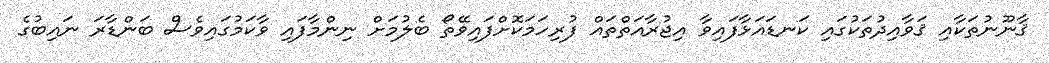
ޤާނޫނުތަކާއި ޤަވާއިދުތަކުގައި ކަނޑައަޅާފައިވާ އިޖުރާއަތްތައް ފުރިހަމަކޮށްފައިވޭތޯ ބެލުމަށް ނިންމާފައި ވާކަމުގައިވެސް ބަންޑާރަ ނައިބުގެ